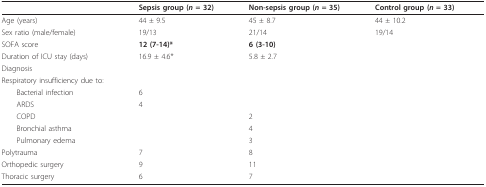
<table><thead><tr><td></td><td><b>Sepsis group (<i>n </i>= 32)</b></td><td><b>Non-sepsis group (<i>n </i>= 35)</b></td><td><b>Control group (<i>n </i>= 33)</b></td></tr></thead><tbody><tr><td>Age (years)</td><td>44 ± 9.5</td><td>45 ± 8.7</td><td>44 ± 10.2</td></tr><tr><td>Sex ratio (male/female)</td><td>19/13</td><td>21/14</td><td>19/14</td></tr><tr><td>SOFA score</td><td><b>12 (7-14)*</b></td><td><b>6 (3-10)</b></td><td></td></tr><tr><td>Duration of ICU stay (days)</td><td>16.9 ± 4.6*</td><td>5.8 ± 2.7</td><td></td></tr><tr><td>Diagnosis</td><td></td><td></td><td></td></tr><tr><td>Respiratory insufficiency due to:</td><td></td><td></td><td></td></tr><tr><td> Bacterial infection</td><td>6</td><td></td><td></td></tr><tr><td> ARDS</td><td>4</td><td></td><td></td></tr><tr><td> COPD</td><td></td><td>2</td><td></td></tr><tr><td> Bronchial asthma</td><td></td><td>4</td><td></td></tr><tr><td> Pulmonary edema</td><td></td><td>3</td><td></td></tr><tr><td>Polytrauma</td><td>7</td><td>8</td><td></td></tr><tr><td>Orthopedic surgery</td><td>9</td><td>11</td><td></td></tr><tr><td>Thoracic surgery</td><td>6</td><td>7</td><td></td></tr></tbody></table>